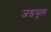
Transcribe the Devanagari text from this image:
जड़मूल